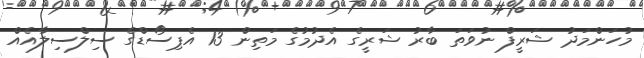
މުހަންމަދު ޝަރީފް ނުވަތަ ބާރު ޝަރީގެ އެދުމުގެ މަތިން 13 އެޕިސޯޑްގެ ސިލްސިލާއެއް